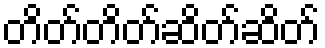
တိတ်တိတ်ဆိတ်ဆိတ်